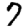
Digit: 7